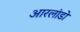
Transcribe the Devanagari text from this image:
आरलांडो